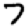
Digit: 7